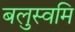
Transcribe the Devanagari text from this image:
बलुस्वमि